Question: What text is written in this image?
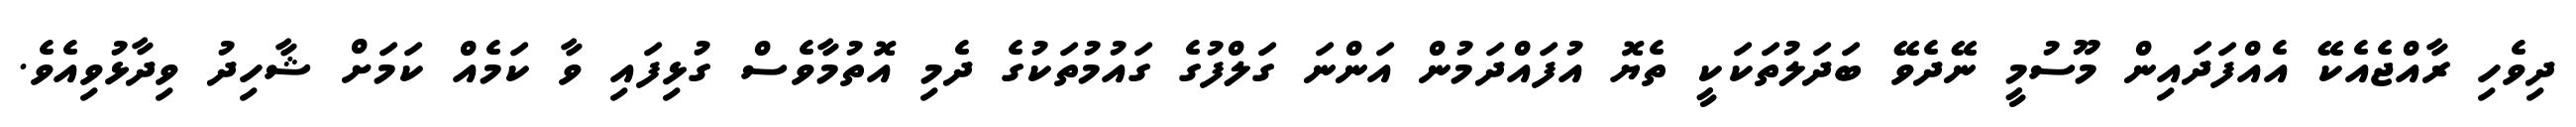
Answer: ދިވެހި ރާއްޖެއެކޭ އެއްފަދައިން މޫސުމީ ނޭދެވޭ ބަދަލުތަކަކީ ތެޔޮ އުފައްދަމުން އަންނަ ގަލްފުގެ ގައުމުތަކުގެ ދެމި އޮތުމާވެސް ގުޅިފައި ވާ ކަމެއް ކަމަށް ޝާހިދު ވިދާޅުވިއެވެ.